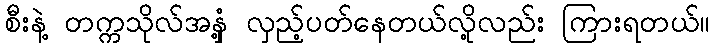
စီးနဲ့ တက္ကသိုလ်အနှံ့ လှည့်ပတ်နေတယ်လို့လည်း ကြားရတယ်။